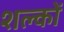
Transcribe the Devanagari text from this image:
शल्‍कों